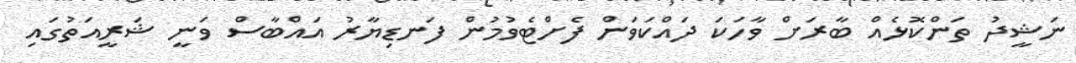
ނަޝީދު ތަންކޮޅެއް ބާރަށް ވާހަކަ ދައްކަވަން ފެށްޓެވުމުން ފަނޑިޔާރު އައްބާސް ވަނީ ޝަރީއަތުގައި